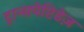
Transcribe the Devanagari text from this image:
ट्रान्सपेप्टिडेज़